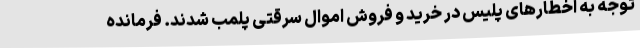
توجه به اخطارهای پلیس در خرید و فروش اموال سرقتی پلمب شدند. فرمانده